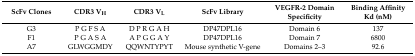
<table><thead><tr><td><b>ScFv Clones</b></td><td><b>CDR3 V<sub>H</sub></b></td><td><b>CDR3 V<sub>L</sub></b></td><td><b>ScFv Library</b></td><td><b>VEGFR-2 Domain Specificity</b></td><td><b>Binding Affinity Kd (nM) </b></td></tr></thead><tbody><tr><td>G3</td><td>P G F S A</td><td>D P R G A H</td><td>DP47DPL16</td><td>Domain 6</td><td>137</td></tr><tr><td>F1</td><td>P G A S A</td><td>A P G G A Y</td><td>DP47DPL16</td><td>Domain 7</td><td>6800</td></tr><tr><td>A7</td><td>GLWGGMDY</td><td>QQWNTYPYT</td><td>Mouse synthetic V-gene</td><td>Domains 2–3</td><td>92.6</td></tr></tbody></table>